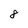
Character: 8